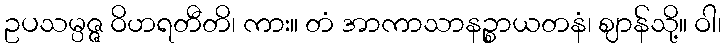
ဥပသမ္ပဇ္ဇ ဝိဟရတီတိ၊ ကား။ တံ အာကာသာနဉ္စာယတနံ၊ ဈာန်သို့။ ဝါ၊